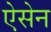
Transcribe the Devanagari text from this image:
ऐसेन